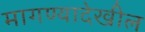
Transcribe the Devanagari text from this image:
मागण्यादेखील